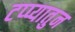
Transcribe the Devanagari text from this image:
टप्प्यातुन